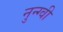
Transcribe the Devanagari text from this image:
नुन्ग्वी